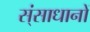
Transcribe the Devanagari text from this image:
स्ंसाधानों